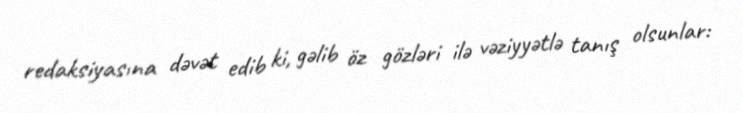
redaksiyasına dəvət edib ki, gəlib öz gözləri ilə vəziyyətlə tanış olsunlar: